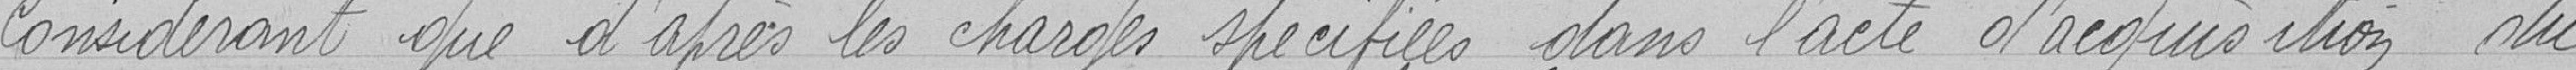
Considérant que d'après les charges spécifiées dans l'acte d'acquisition du